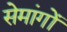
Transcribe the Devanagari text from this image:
सेमांगों